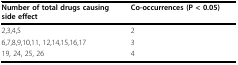
<table><thead><tr><td><b>Number of total drugs causing side effect</b></td><td><b>Co-occurrences (P &lt; 0.05)</b></td></tr></thead><tbody><tr><td>2,3,4,5</td><td>2</td></tr><tr><td>6,7,8,9,10,11, 12,14,15,16,17</td><td>3</td></tr><tr><td>19, 24, 25, 26</td><td>4</td></tr></tbody></table>